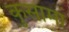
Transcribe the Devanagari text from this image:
कुसामा